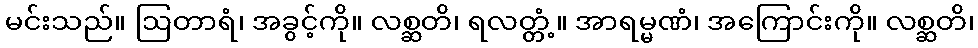
မင်းသည်။ ဩတာရံ၊ အခွင့်ကို။ လစ္ဆတိ၊ ရလတ္တံ့။ အာရမ္မဏံ၊ အကြောင်းကို။ လစ္ဆတိ၊